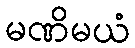
မဏိမယံ